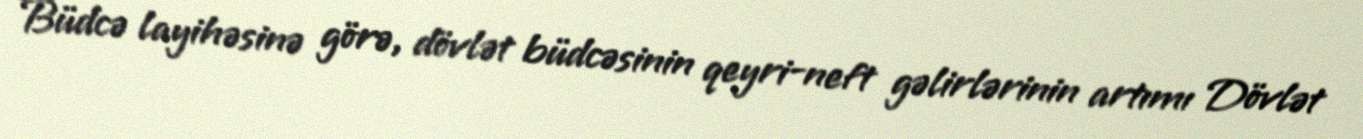
Büdcə layihəsinə görə, dövlət büdcəsinin qeyri-neft gəlirlərinin artımı Dövlət